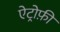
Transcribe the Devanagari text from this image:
ऐट्रोफ़ी